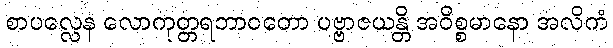
စာပလ္လေန လောကုတ္တရဘာဝတော ပဗ္ဗာဇယန္တိ အဝိစ္စမာနော အလိကံ